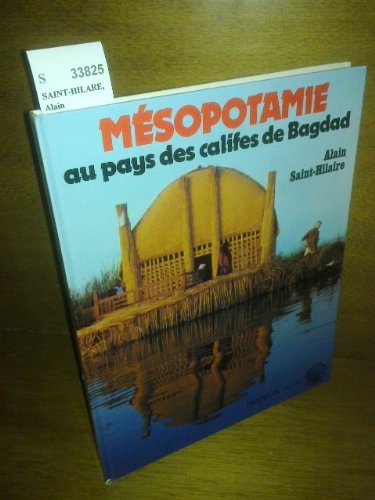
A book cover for Mesopotamie: Au pays des califes de Bagdad (Connaissance du monde) (French Edition); Alain Saint-Hilaire; Travel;